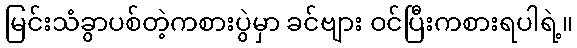
မြင်းသံခွာပစ်တဲ့ကစားပွဲမှာ ခင်ဗျား ဝင်ပြီးကစားရပါရဲ့။